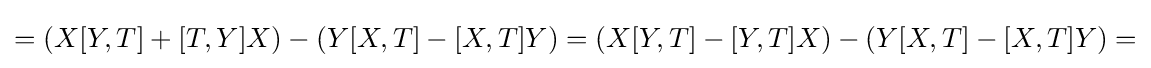
=(X[Y,T]+[T,Y]X)-(Y[X,T]-[X,T]Y)=(X[Y,T]-[Y,T]X)-(Y[X,T]-[X,T]Y)=